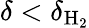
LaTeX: \delta<\delta_{\mathrm{H_{2}}}